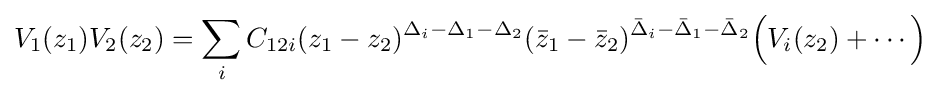
V_{1}(z_{1})V_{2}(z_{2})=\sum _{i}C_{12i}(z_{1}-z_{2})^{\Delta _{i}-\Delta _{1}-\Delta _{2}}({\bar {z}}_{1}-{\bar {z}}_{2})^{{\bar {\Delta }}_{i}-{\bar {\Delta }}_{1}-{\bar {\Delta }}_{2}}{\Big (}V_{i}(z_{2})+\cdots {\Big )}\